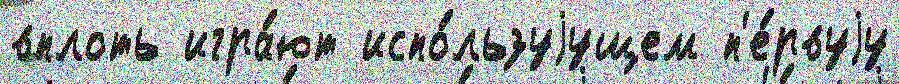
вплоть игра́ют испо́льзуjущем п'е́рвуjу